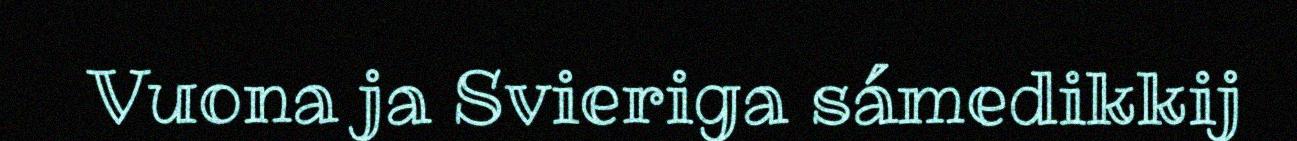
Vuona ja Svieriga sámedikkij